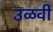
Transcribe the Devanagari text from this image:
उळवी